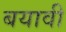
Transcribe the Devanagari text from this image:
बयावी